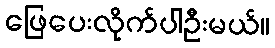
ဖြေပေးလိုက်ပါဦးမယ်။